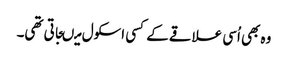
وہ بھی اُسی علاقے کے کسی اسکول میںجاتی تھی۔